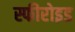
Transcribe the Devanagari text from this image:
स्फीरोइड